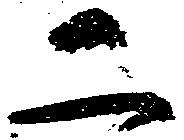
二